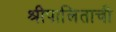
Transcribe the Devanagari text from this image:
श्रीपालिताची